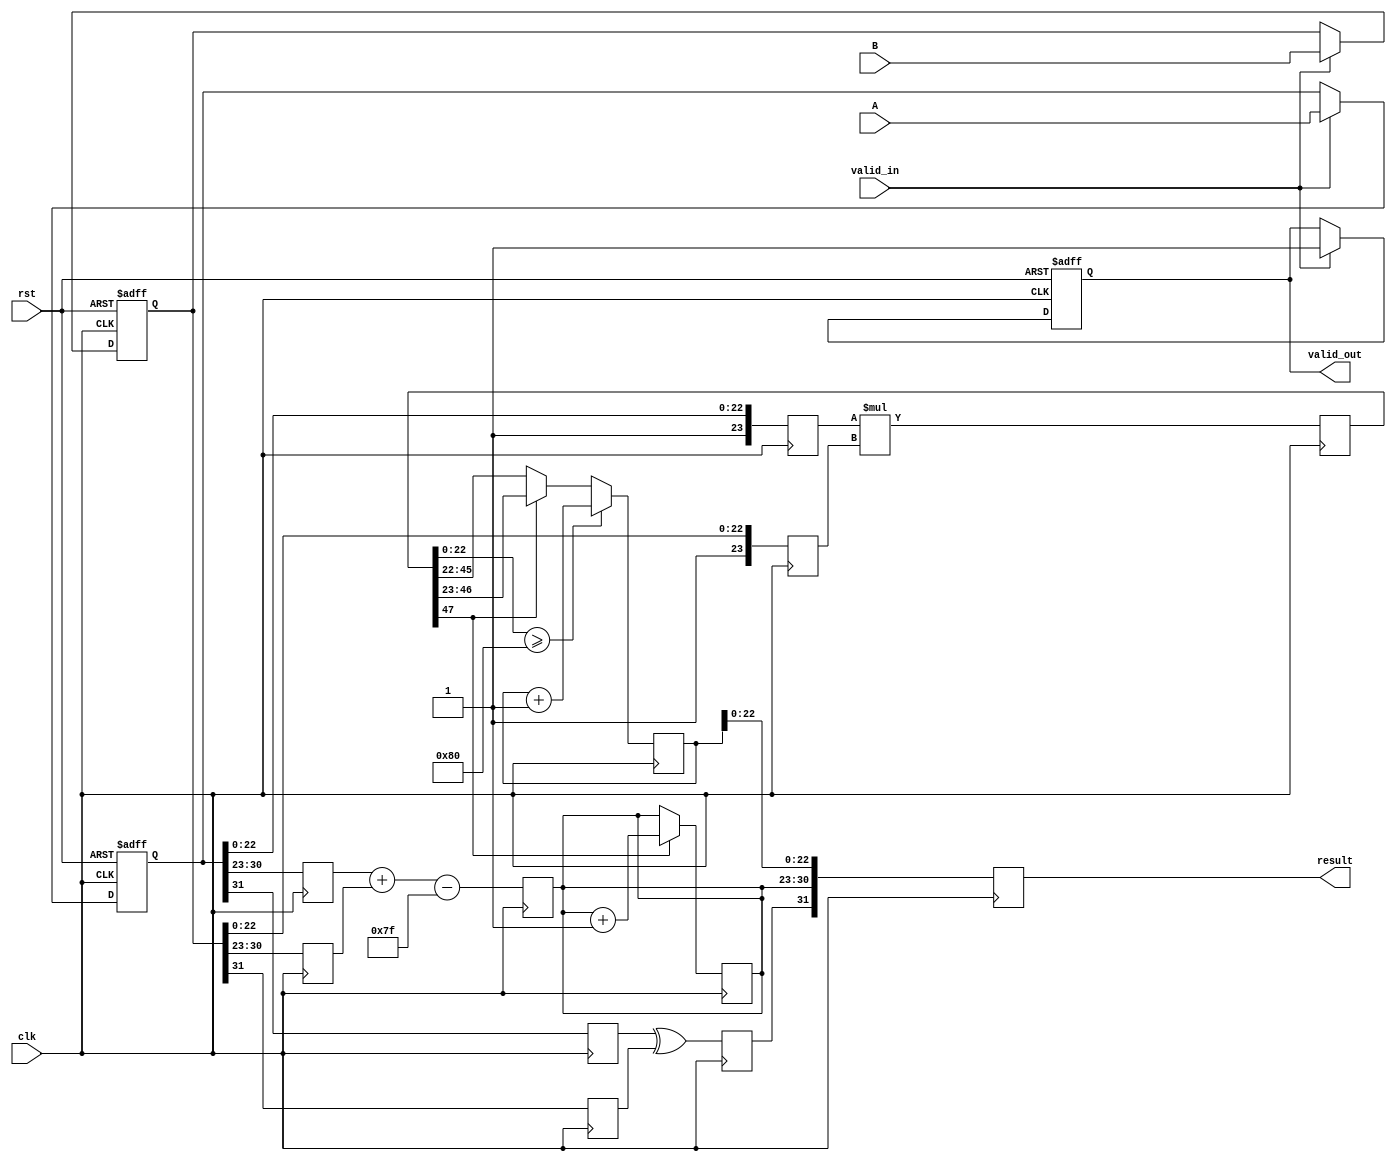
module fp_multiplier (
    input clk,
    input rst,
    input valid_in,
    input [31:0] A, // First floating-point number
    input [31:0] B, // Second floating-point number
    output reg [31:0] result,
    output reg valid_out
);

// Pipeline registers
reg [31:0] A_reg, B_reg; // Input stage
reg sign1, sign2, result_sign; // Sign stage
reg [7:0] exp1, exp2, result_exp; // Exponent stage
reg [23:0] mant1, mant2, mant_result; // Mantissa stage
reg [47:0] mant_mult; // Temporary product of mantissas
reg [7:0] exp_result_temp; // Temporary exponent result

// Stage 1: Input Stage
always @(posedge clk or posedge rst) begin
    if (rst) begin
        A_reg <= 32'b0;
        B_reg <= 32'b0;
        valid_out <= 1'b0;
    end else if (valid_in) begin
        A_reg <= A;
        B_reg <= B;
        valid_out <= 1'b1;
    end
end

// Stage 2: Sign Calculation
always @(posedge clk) begin
    sign1 <= A_reg[31];
    sign2 <= B_reg[31];
    result_sign <= sign1 ^ sign2; // XOR for result sign
end

// Stage 3: Exponent Calculation
always @(posedge clk) begin
    exp1 <= A_reg[30:23]; // Extract exponent
    exp2 <= B_reg[30:23]; // Extract exponent
    exp_result_temp <= exp1 + exp2 - 8'd127; // Add exponents and adjust bias
end

// Stage 4: Mantissa Multiplication
always @(posedge clk) begin
    mant1 <= {1'b1, A_reg[22:0]}; // Normalize mantissa (1.M)
    mant2 <= {1'b1, B_reg[22:0]}; // Normalize mantissa (1.M)
    mant_mult <= mant1 * mant2; // Multiply mantissas
end

// Stage 5: Normalization and Rounding
always @(posedge clk) begin
    if (mant_mult[47] == 1'b1) begin // If overflow, shift right
        mant_result <= mant_mult[46:23]; // Keep the leading 23 bits
        exp_result_temp <= exp_result_temp + 1; // Increment exponent
    end else begin
        mant_result <= mant_mult[45:22]; // Keep the leading 23 bits
    end

    // Simple rounding (round to nearest, ties to even)
    if (mant_mult[22:0] >= 23'b10000000) begin
        mant_result <= mant_result + 1; // Round up
    end
end

// Stage 6: Output Stage
always @(posedge clk) begin
    result <= {result_sign, exp_result_temp[7:0], mant_result[22:0]}; // Assemble final result
end

endmodule